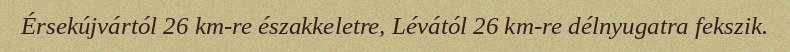
Érsekújvártól 26 km-re északkeletre, Lévától 26 km-re délnyugatra fekszik.